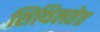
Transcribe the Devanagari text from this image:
शिथिलतेत